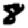
Digit: 8